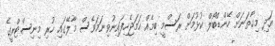
އަދި މިހާތަނަށް ހޭންޑްބޯލް ކުޅުމަށް ރަަސްމީ ބިމެއް ހަމަޖެހިފައިނުވިނަމަވެސް މާލޭގައި ހުރި މިނިސްޓްރީގެ